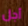
أجل